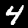
Digit: 4